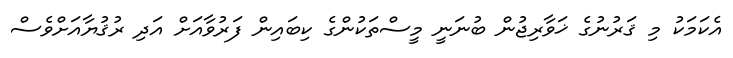
އެކަމަކު މި ޤަރުނުގެ ޚަވާރިޖުން ބުނަނީ މީސްތަކުންގެ ކިބައިން ފަރުވާއަށް އަދި ރުޤުޔާއަށްވެސް